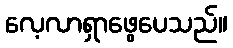
လေ့လာရှာဖွေပေသည်။